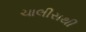
ચાલીસથી